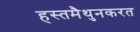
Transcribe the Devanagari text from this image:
हस्तमैथुनकरत